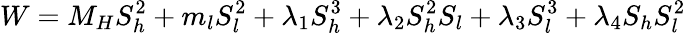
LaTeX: W=M_{H}S_{h}^{2}+m_{l}S_{l}^{2}+\lambda_{1}S_{h}^{3}+\lambda_{2}S_{h}^{2}S_{l}+\lambda_{3}S_{l}^{3}+\lambda_{4}S_{h}S_{l}^{2}